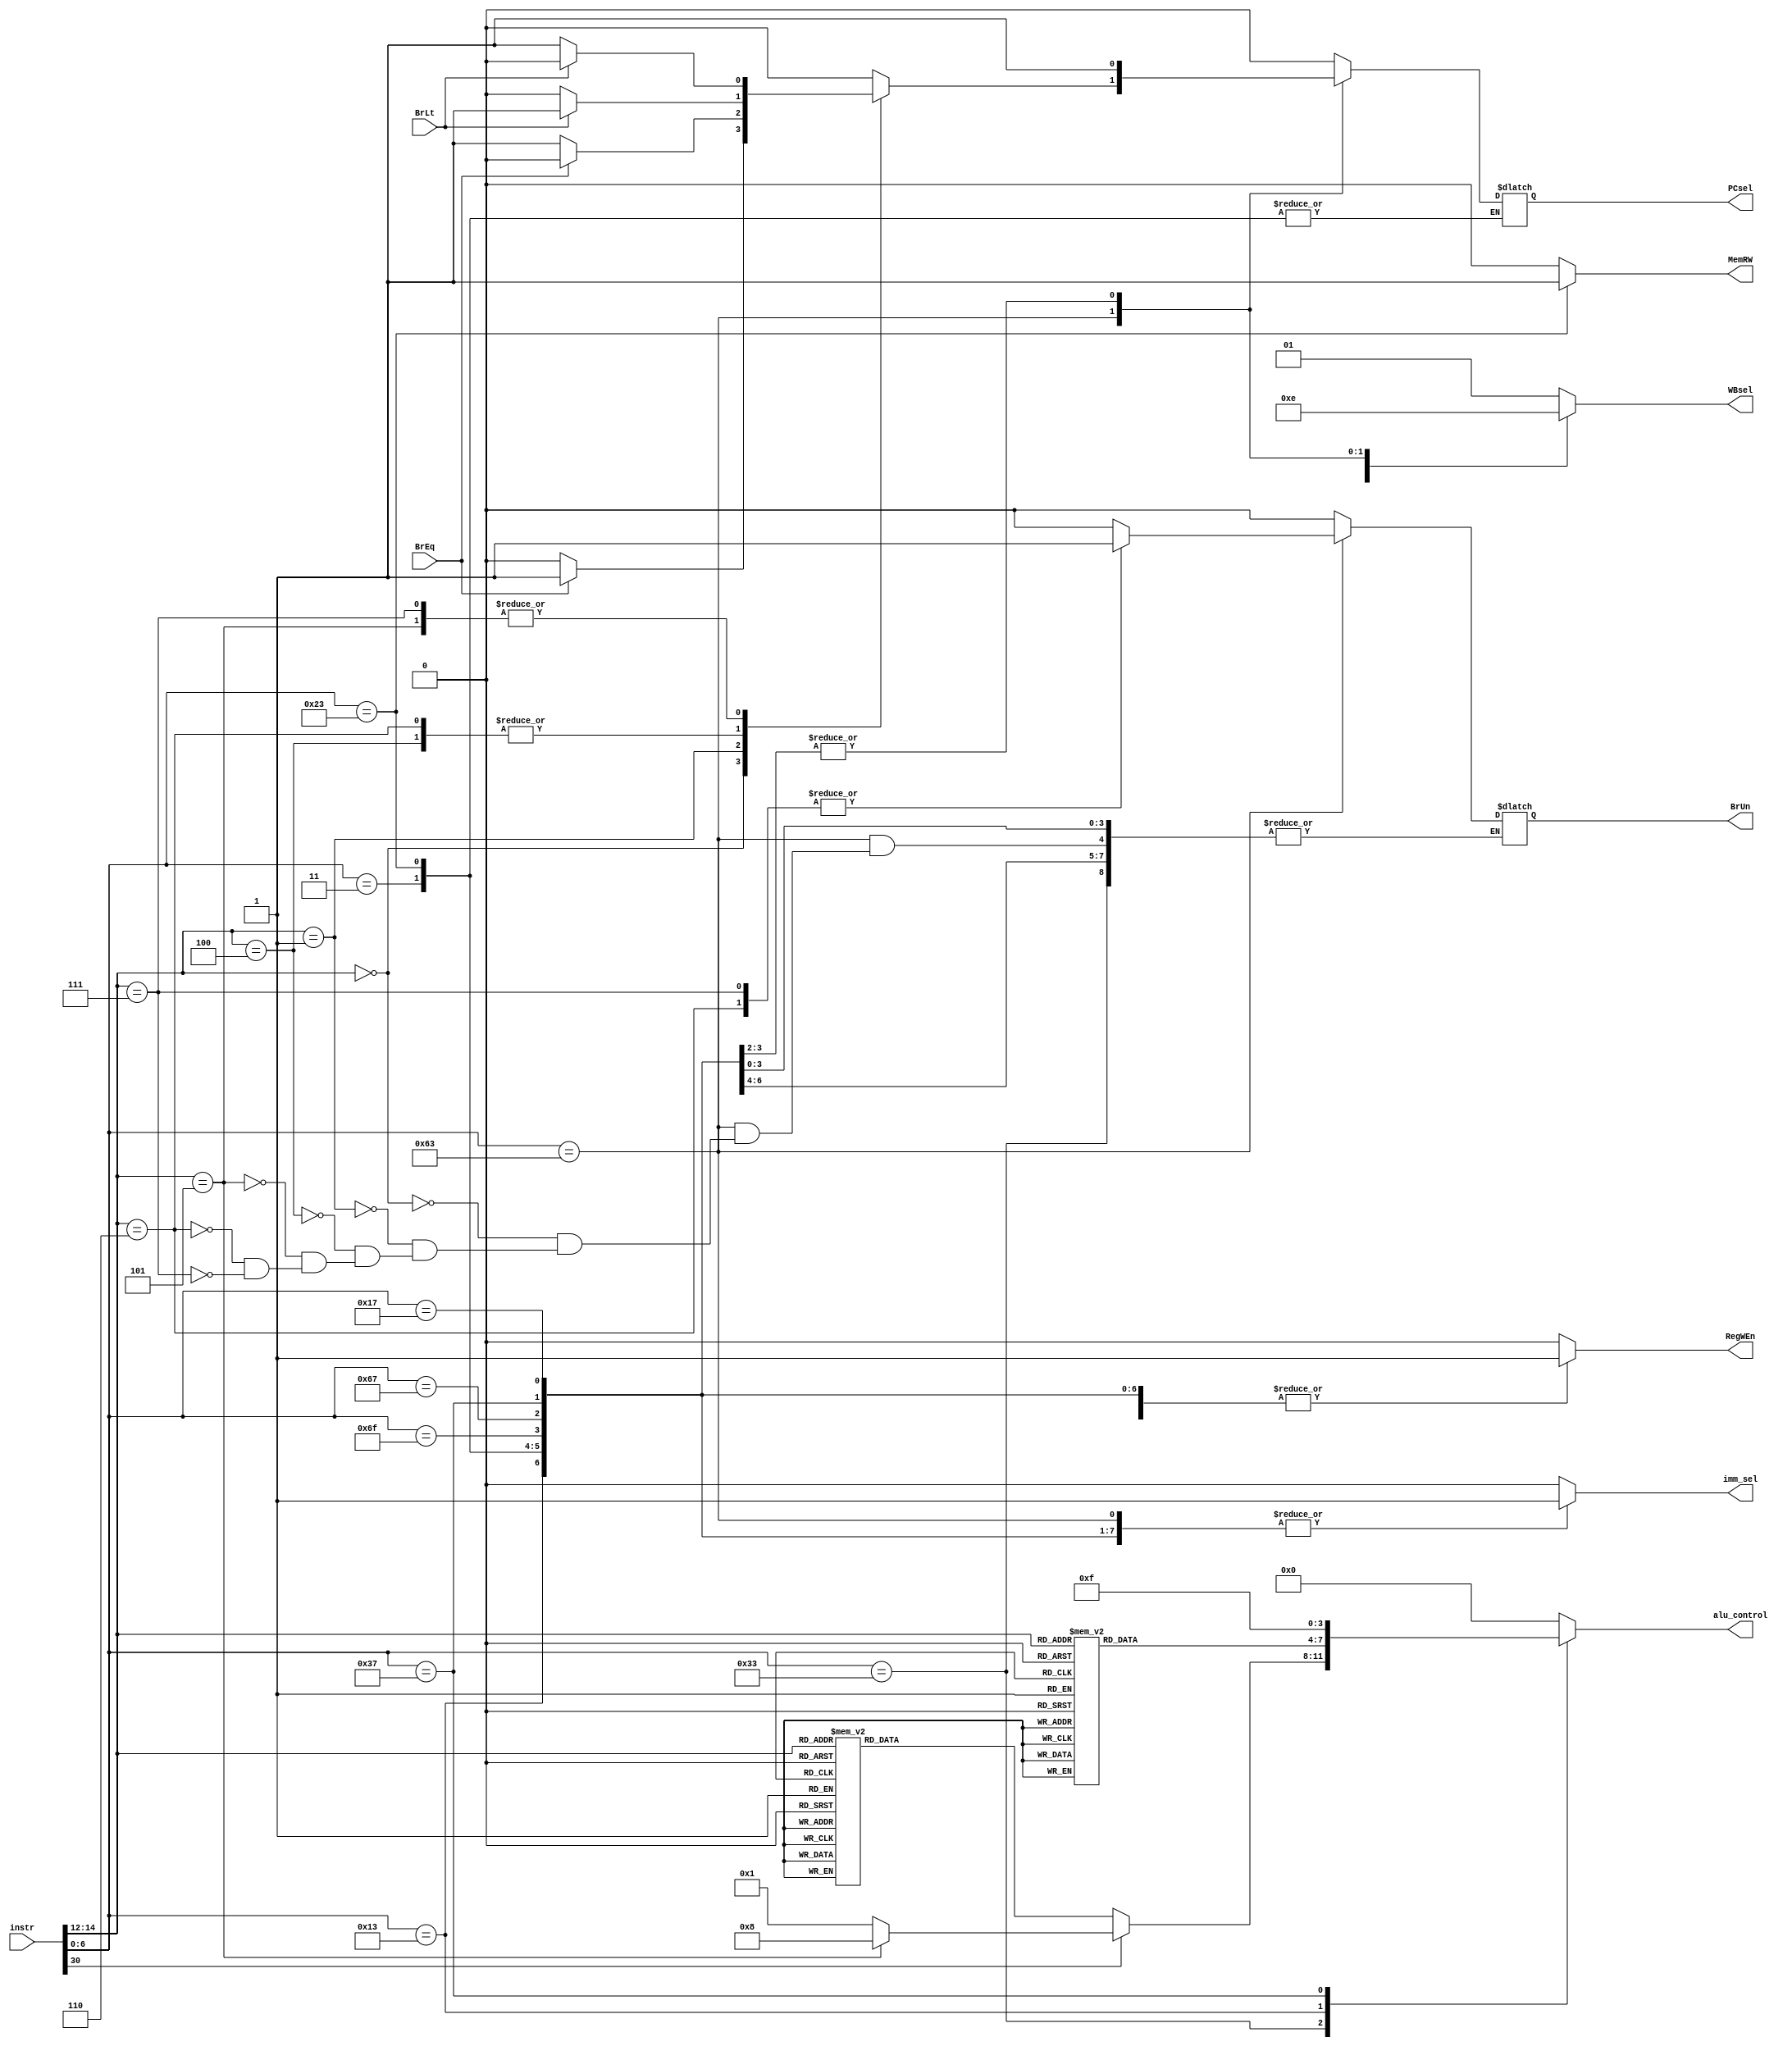
`timescale 1ns / 1ps
//////////////////////////////////////////////////////////////////////////////////
// Company: 
// Engineer: 
// 
// Design Name: 
// Module Name: controller
// Project Name: 
// Target Devices: 
// Tool Versions: 
// Description: 
// 
// Dependencies: 
// 
// Revision:
// Revision 0.01 - File Created
// Additional Comments:
// 
//////////////////////////////////////////////////////////////////////////////////


module controller(
//    input [6:0] opcode, //instr[6:0]
//    input funct7, //instr[30]
//    input [2:0] funct3, //instr[14:12]
    input [31:0] instr,
    input BrEq, BrLt,
    output reg RegWEn, imm_sel, BrUn, PCsel,
    output reg MemRW,
    output reg [1:0] WBsel,
    output reg [3:0] alu_control
    );
    
    //opcode
    parameter R_type        = 7'b0110011;
    parameter I_R_type      = 7'b0010011;
    parameter Load_type     = 7'b0000011;
    parameter Store_type    = 7'b0100011;
    parameter B_type        = 7'b1100011;
    parameter JAL_type      = 7'b1101111;
    parameter JALR_type     = 7'b1100111;
    parameter LUI           = 7'b0110111;
    parameter AUIPC         = 7'b0010111;
    
    //alu control
    parameter   add     = 4'b0000;
    parameter   sub     = 4'b0001;
    parameter   orr     = 4'b0010;
    parameter   andd    = 4'b0011;
    parameter   xorr    = 4'b0100;
    parameter   slt     = 4'b0101;
    parameter   sll     = 4'b0110;
    parameter   srl     = 4'b0111;
    parameter   sra     = 4'b1000;
    parameter   sltu    = 4'b1001;
    parameter   lui     = 4'b1111;
    
    //funct3
    parameter   ADD     =   3'b000;
    parameter   SUB     =   3'b000;
    parameter   ORR     =   3'b110;
    parameter   ANDD    =   3'b111;
    parameter   XORR    =   3'b100;
    parameter   SLT     =   3'b010;
    parameter   SLL     =   3'b001;
    parameter   SRL     =   3'b101;
    parameter   SRA     =   3'b101;
    parameter   SLTU    =   3'b011;
    
    //describe each element of instruction
    wire [6:0] opcode;
    wire funct7;
    wire [2:0] funct3;
    assign opcode = instr[6:0];
    assign funct7 = instr[30];
    assign funct3 = instr[14:12];
    
    always @(*) begin
        $display("opcode: %h",opcode);
        case (opcode)
            R_type      :  begin
                if(funct7) begin
                    case (funct3)
                        SUB: alu_control  = sub;
                        SRA: alu_control  = sra;
                    default: alu_control  = sub;
                    endcase
                end
                else begin
                    case (funct3)
                        ADD : alu_control = add;
                        SLL : alu_control = sll;
                        SLT : alu_control = slt;
                        SLTU: alu_control = sltu;
                        XORR: alu_control = xorr;
                        SRL : alu_control = srl;
                        SRA : alu_control = sra;
                        ORR : alu_control = orr;
                        ANDD: alu_control = andd;
                    default : alu_control = add;
                    endcase
                end
                PCsel = 0;
                imm_sel = 0;
                RegWEn = 1;
                WBsel = 1;
                MemRW = 0;
            end
            I_R_type    :  begin
                case (funct3)
                    ADD : alu_control = add;
                    SUB : alu_control = sub; 
                    ORR : alu_control = orr;
                    ANDD: alu_control = andd;
                    XORR: alu_control = xorr;
                    SLT : alu_control = slt;
                    SLTU: alu_control = sltu;
                    SLL : alu_control = sll;
                    SRL : alu_control = srl;
                    SRA : alu_control = sra;
                default : alu_control = add;
                endcase
                begin
                    PCsel = 0;
                    imm_sel = 1;
                    RegWEn = 1;
                    WBsel = 1;
                    MemRW = 0;
                end

            end
            Load_type   :  begin
                imm_sel = 1;
                RegWEn = 1;
                WBsel = 0;
                MemRW = 0;
                alu_control = add;
            end
            Store_type  :   begin
                imm_sel = 1;
                RegWEn = 1;
                WBsel = 0;
                MemRW = 1;
                alu_control = add;
            end
            B_type      :  begin
                case (funct3)
                    3'b000 : begin // BEQ
                        BrUn = 0;
                        if (BrEq) PCsel = 1;
                        else PCsel = 0;
                    end
                    3'b001 : begin // BNE
                        BrUn = 0;
                        if (!BrEq) PCsel = 1;
                        else PCsel = 0;
                    end
                    3'b100 : begin  //BLT
                        BrUn = 0;
                        if (BrLt) PCsel = 1;
                        else PCsel = 0;
                    end
                    3'b101 : begin  //BGE
                        BrUn = 0;
                        if (!BrLt) PCsel = 1;
                        else PCsel = 0 ;
                    end
                    3'B110 : begin  //BLTU
                        BrUn = 1;
                        if (BrLt) PCsel = 1;
                        else PCsel = 0;
                    end   
                    3'b111 : begin  //BGEU
                        BrUn = 1;
                        if (!BrLt) PCsel = 1;
                        else PCsel = 0 ;
                    end
                    default: PCsel = 0;
                endcase
                begin
                    imm_sel = 1;
                    RegWEn = 0;
                    alu_control = add;
                    MemRW = 0;
                    WBsel = 3;
                end
            end
         JAL_type       :   begin
                PCsel = 1;
                imm_sel = 1;
                RegWEn = 1;
                //branch dont care
                alu_control = add;
                MemRW = 0;
                WBsel = 2;
            end
         JALR_type      :   begin
                PCsel = 1;
                imm_sel = 1;
                RegWEn = 1;
                //branch dont care
                alu_control = add;
                MemRW = 0;
                WBsel = 2;
            end
         LUI            :   begin
                PCsel = 0;
                imm_sel = 1;
                RegWEn = 1;
                //branch dont care
                alu_control = lui;
                MemRW = 0;
                WBsel = 1;
            end
         AUIPC         :   begin
                PCsel = 0;
                imm_sel = 1;
                RegWEn = 1;
                //branch dont care
                alu_control = add;
                MemRW = 0;
                WBsel = 1;
            end 
         default        :   begin
                PCsel = 0;
                imm_sel = 0;
                RegWEn = 0;
                BrUn = 0;
                WBsel = 1;
                MemRW = 0;
                alu_control = 0;
            end
         endcase
         
     end
endmodule